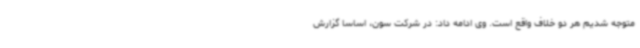
متوجه شدیم هر دو خلاف واقع است. وی ادامه داد: در شرکت سون، اساسا گزارش